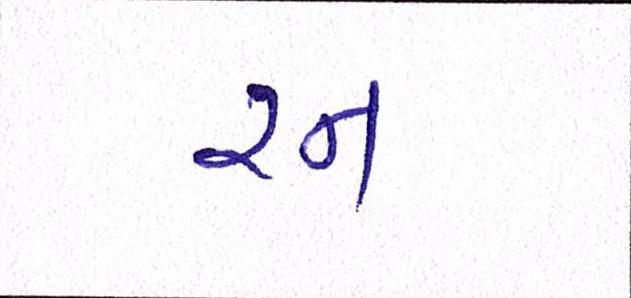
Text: રન